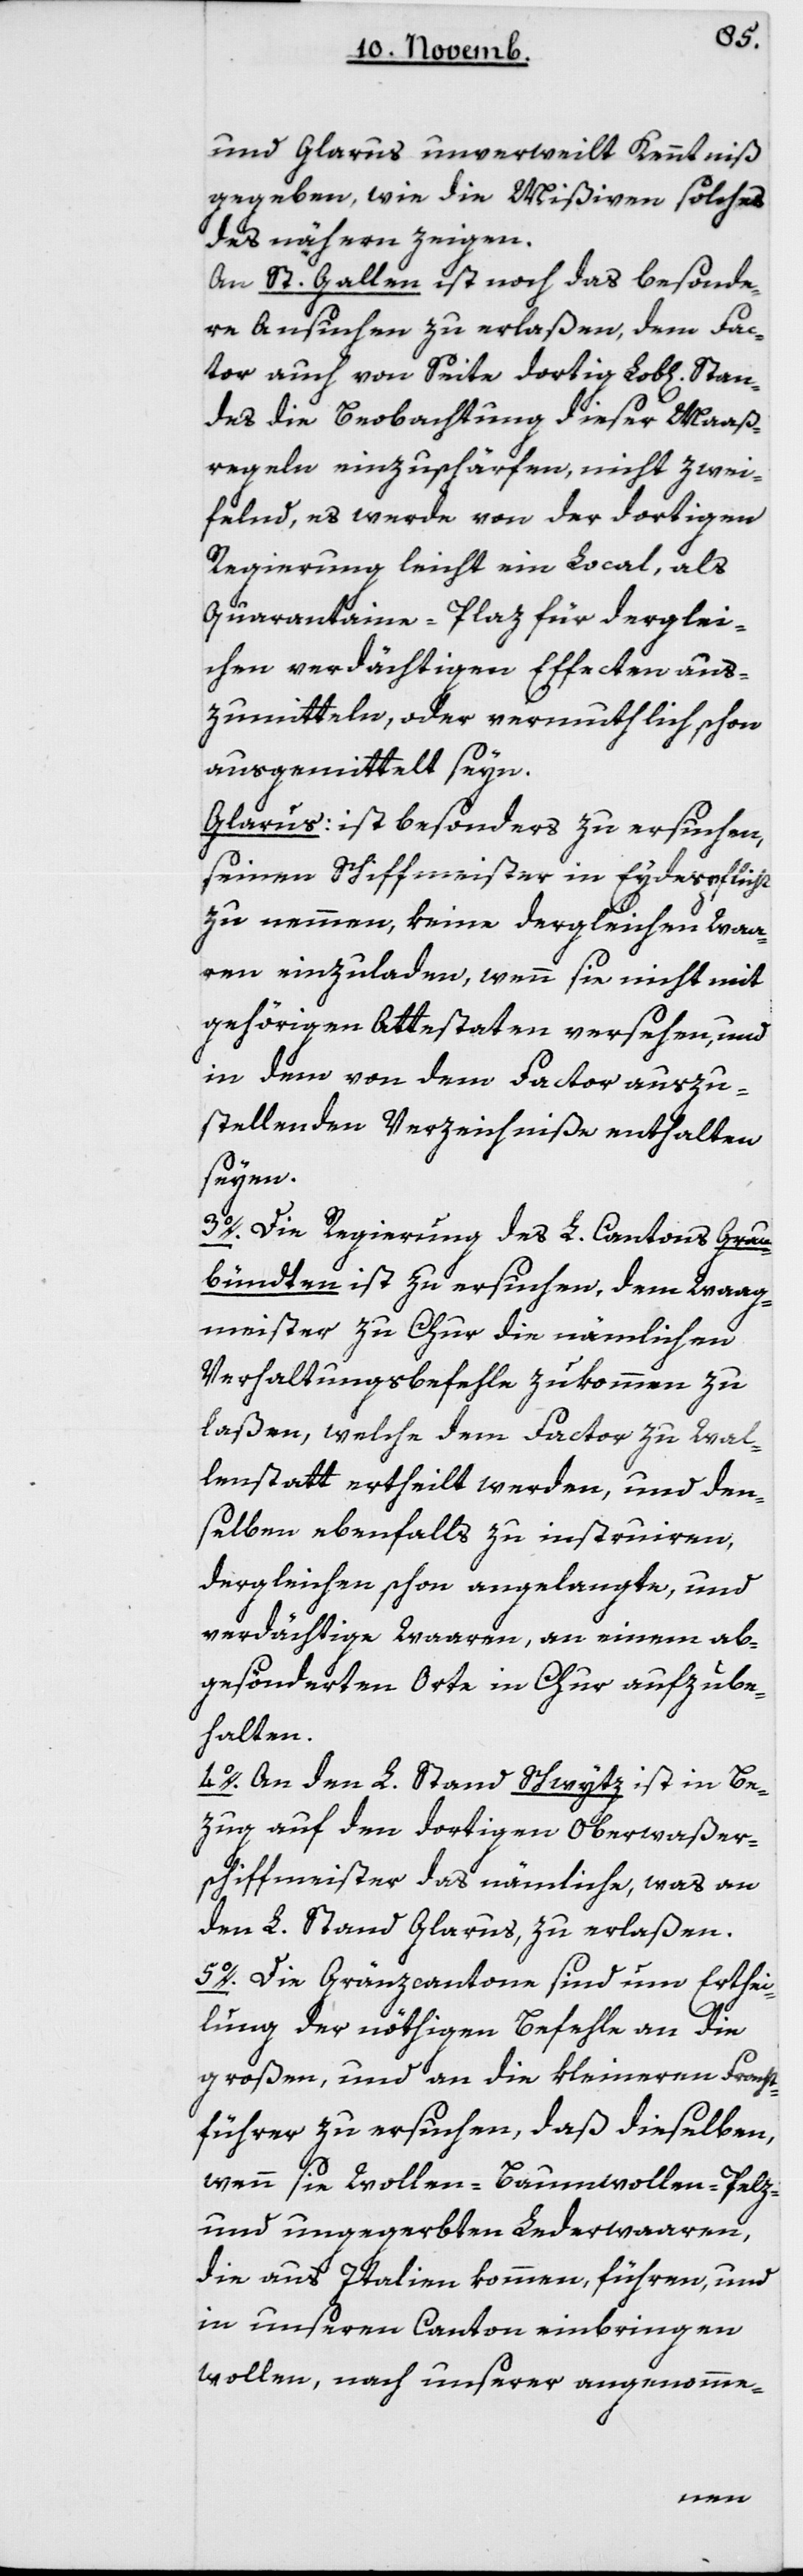
Stan¬
und Glarus unverweilt Kenntniß
gegeben, wie die Mißiven solches
des nähern zeigen.
An St. Gallen ist noch das besonde¬
re Ansuchen zu erlaßen, dem Fac¬
tor auch von Seite dortig Lobl[ichen]
des die Beobachtung dieser Maaß¬
regeln einzuschärfen, nicht zwei¬
felnd, es werde von der dortigen
Regierung leicht ein Local, als
Quarantaine-Plaz für derglei¬
chen verdächtigen Effecten aus¬
zumitteln, oder vermuthlich schon
ausgemittelt seyn.
Glarus: ist besonders zu ersuchen,
seinen Schiffmeister in Eydespflicht
zu nehmen, keine dergleichen Waa¬
ren einzuladen, wenn sie nicht mit
gehörigen Attestaten versehen, und
in dem von dem Factor auszu¬
stellenden Verzeichniße enthalten
seyen.
3. Die Regierung des L. Cantons Grau¬
bündten ist zu ersuchen, dem Waag¬
meister zu Chur die nämlichen
Verhaltungsbefehle zukommen zu
laßen, welche dem Factor zu Wal¬
lenstadt ertheilt werden, und den¬
selben ebenfalls zu instruieren,
dergleichen schon angelangte, und
verdächtige Waaren, an einem ab¬
gesönderten Orte in Chur aufzube¬
halten.
4. An den L. Stand Schwytz ist in Be¬
zug auf den dortigen Oberwaßer-S¬
chiffmeister das Nämliche, was an
den L. Stand Glarus, zu erlaßen.
5. Die Gränzcantone sind um Erthei¬
lung der nöthigen Befehle an die
großen und an die kleineren Fracht¬
führer zu ersuchen, daß dieselben,
wenn sie Wollen-, Baumwollen-, Pelz-
und ungegerbten Lederwaaren,
die aus Italien kommen, führen, und
in unsern Canton einbringen
wollen, nach unserer angenomme-